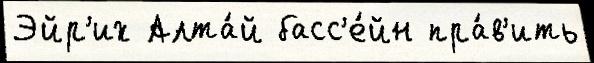
Эйр'их Алта́й басс'е́йн пра́в'ить